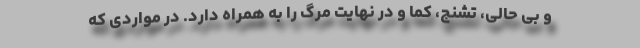
و بی حالی، تشنج، کما و در نهایت مرگ را به همراه دارد. در مواردی که